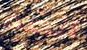
انضم